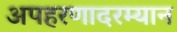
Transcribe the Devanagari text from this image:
अपहरणादरम्यान